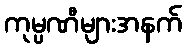
ကုမ္ပဏီများအနက်